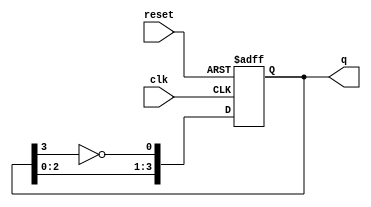
module johnson_counter (
    input wire clk,        // Clock input
    input wire reset,      // Asynchronous reset
    output reg [3:0] q     // 4-bit output for the Johnson counter
);

    // Asynchronous reset and Johnson counter logic
    always @(posedge clk or posedge reset) begin
        if (reset) begin
            q <= 4'b0000; // Reset the counter to 0000
        end else begin
            // Johnson counter logic
            q[0] <= ~q[3]; // Invert the last flip-flop output and feed it to the first
            q[1] <= q[0];  // Shift the output to the next flip-flop
            q[2] <= q[1];  // Shift the output to the next flip-flop
            q[3] <= q[2];  // Shift the output to the last flip-flop
        end
    end

endmodule